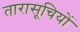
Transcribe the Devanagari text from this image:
तारासूचियों